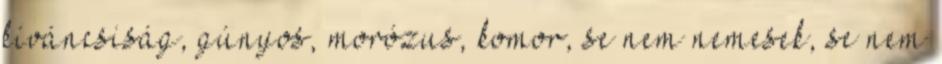
kíváncsiság, gúnyos, morózus, komor, se nem nemesek, se nem